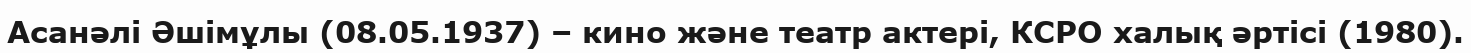
Асанәлі Әшімұлы (08.05.1937) – кино және театр актері, КСРО халық әртісі (1980).